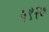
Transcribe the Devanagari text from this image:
५९२७